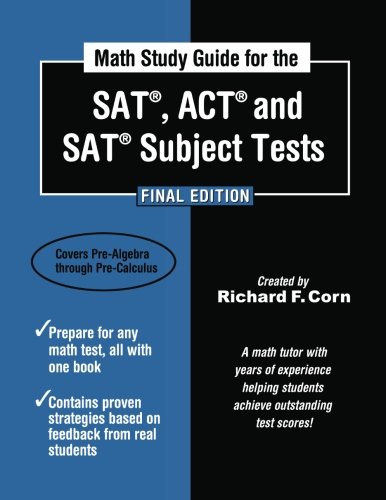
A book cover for Math Study Guide for the SAT, ACT and SAT Subject Tests -  Final Edition; Richard F Corn; Test Preparation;